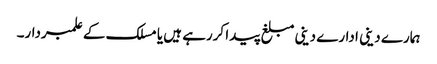
ہمارے دینی ادارے دینی مبلغ پیدا کررہے ہیں یا مسلک کے علمبردار۔